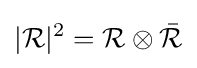
|{\mathcal {R}}|^{2}={\mathcal {R}}\otimes {\bar {\mathcal {R}}}